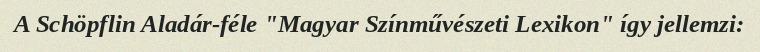
A Schöpflin Aladár-féle "Magyar Színművészeti Lexikon" így jellemzi: